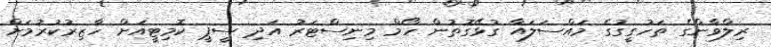
ރިލްވާންގެ ތަހުގީގުގެ މައްސަލައާ ގުޅޭގޮތުން ހޯމް މިނިސްޓަރު އަދި ސީޕީ ކޮމިޓީއަށް ހާޒިރުކުރުމަށް